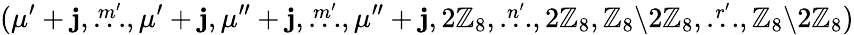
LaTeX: (\mu^{\prime}+\mathbf{j},\stackrel{m^{\prime}}{\dots},\mu^{\prime}+\mathbf{j},\mu^{\prime\prime}+\mathbf{j},\stackrel{m^{\prime}}{\dots},\mu^{\prime\prime}+\mathbf{j},2\mathbb{{Z}}_{8},\stackrel{n^{\prime}}{\dots},2\mathbb{{Z}}_{8},\mathbb{{Z}}_{8}{\setminus}2\mathbb{{Z}}_{8},\stackrel{r^{\prime}}{\dots},\mathbb{{Z}}_{8}{\setminus}2\mathbb{{Z}}_{8})